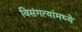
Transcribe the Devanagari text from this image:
विसंगत्यांमध्ये